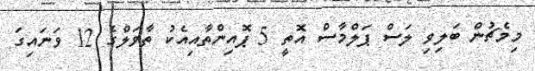
މިމެޗުން ބަލިވި ލަސް ޕަލްމާސް އޮތީ 5 ޕޮއިންތާއިއެކު ތާވަލްގެ 12 ވަނައިގަ